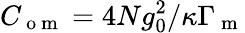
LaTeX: C_{\mathrm{~o~m~}}=4Ng_{0}^{2}/\kappa\Gamma_{\mathrm{~m~}}